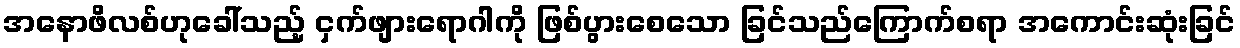
အနောဖိလစ်ဟုခေါ်သည့် ငှက်ဖျားရောဂါကို ဖြစ်ပွားစေသော ခြင်သည်ကြောက်စရာ အကောင်းဆုံးခြင်